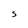
Character: S